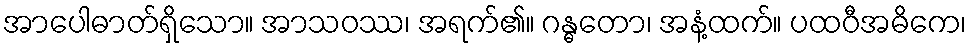
အာပေါဓာတ်ရှိသော။ အာသဝဿ၊ အရက်၏။ ဂန္ဓတော၊ အနံ့ထက်။ ပထဝီအဓိကေ၊